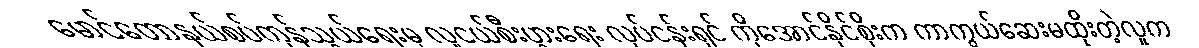
မောင်တောနယ်စပ်ကုန်သွယ်ရေးမှ လူငယ်စီးပွားရေး လုပ်ငန်းရှင် ကိုအောင်နိုင်စိုးက ကာကွယ်ဆေးမထိုးတဲ့လူက